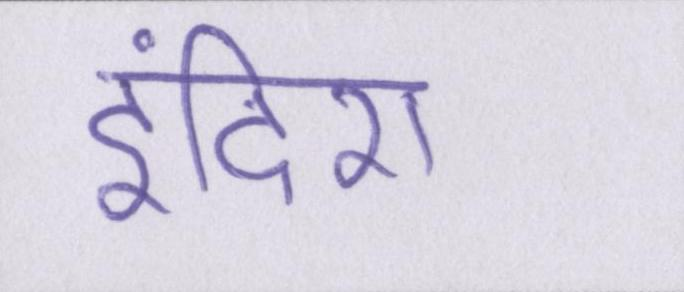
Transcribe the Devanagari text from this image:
इंदिरा